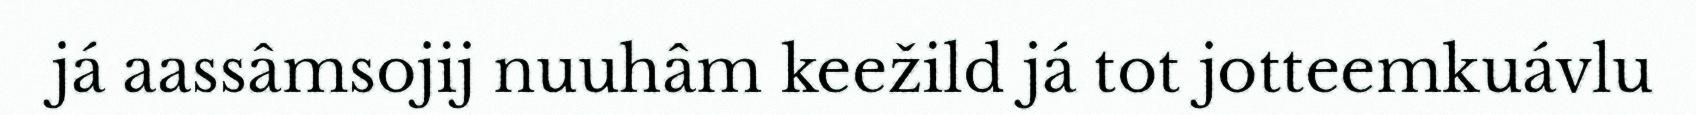
já aassâmsojij nuuhâm keežild já tot jotteemkuávlu